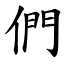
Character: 們